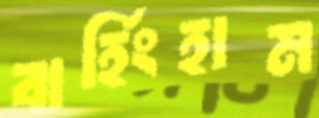
বার্হিংহাম